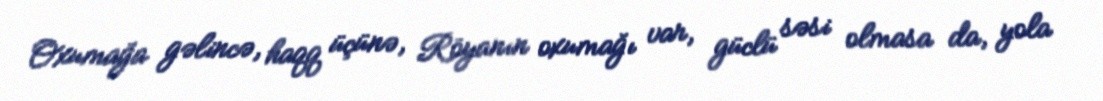
Oxumağa gəlincə, haqq üçünə, Röyanın oxumağı var, güclü səsi olmasa da, yola